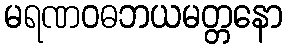
မရဏဝဓဘယမတ္တနော